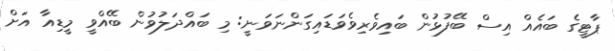
ޕާޓީގެ ބައެއް އިސް ބޭފުޅުން ބައިވެރިވެވަޑައިގަންނަވަނީ: މި ބައްދަލުވުން ބޭއްވީ މީޑިއާ އަށް